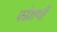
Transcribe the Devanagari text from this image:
फोशणी